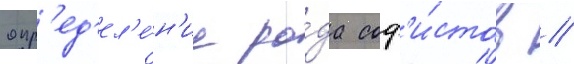
опр'ед'ел'е́н'ие ро́да соф'и́стов //